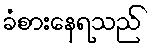
ခံစားနေရသည်